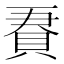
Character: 𧵹